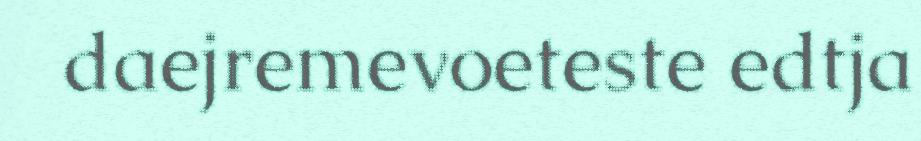
daejremevoeteste edtja